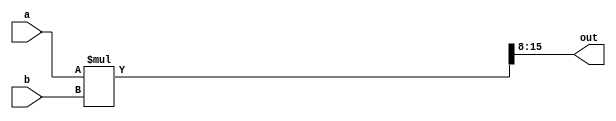
module multiplier_8bit
(
    input[7:0] a, b,
    output[7:0] out
);
    wire[15:0] full_out;
    assign full_out = a * b;
    assign out = full_out[15:8];
endmodule